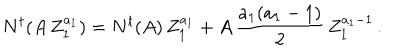
LaTeX: N ^ { t } ( A \, Z _ { 1 } ^ { a _ { 1 } } ) = N ^ { t } ( A ) \, Z _ { 1 } ^ { a _ { 1 } } + A \, { \frac { a _ { 1 } ( a _ { 1 } - 1 ) } { 2 } } \, Z _ { 1 } ^ { a _ { 1 } - 1 } \, .